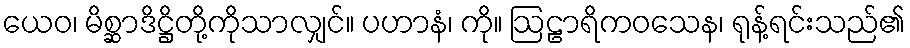
ယေဝ၊ မိစ္ဆာဒိဋ္ဌိတို့ကိုသာလျှင်။ ပဟာနံ၊ ကို။ ဩဠာရိကဝသေန၊ ရုန့်ရင်းသည်၏